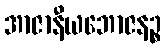
အာဇာနီယဘောဇနဉ္စ